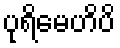
ပုရိမေဟိပိ